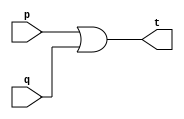
// -------------------------
// Exercicio0010 - OR (4 entradas)
// Nome: Breno Macena Pereira de Souza
// -------------------------

// -------------------------
// -- or gate
// -------------------------
module orgate1 (output t, input p, input q);
assign t = p | q;
endmodule // orgate1

module orgate2 (output t, input p, input q);
assign t = p | q;
endmodule // orgate2

module orgate (output t, input p, input q);
assign t = p | q;
endmodule // orgate

// -------------------------
// -- test or gate
// -------------------------
module testorgate;
// ------------------------- dados locais
reg a, b, c, d;
wire s, t, u;
// ------------------------- instncias
orgate1 OR1 (s, a, b);
orgate2 OR2 (t, c, d);
orgate OR3 (u, s, t);

// ------------------------- preparao
initial begin:start
a=0; 
b=0;
c=0;
d=0;
end

// ------------------------- parte principal
initial begin:main
     $display("Exerccio 0010 - Breno Macena - 462017");
     $display("Test OR gate:");
     $display("\na & b & c & d = u\n");
	  $monitor("%b & %b & %b & %b = %b", a, b, c, d, u);
#1   a=0; b=0; c=0; d=0;
#1   a=0; b=0; c=0; d=1;
#1   a=0; b=0; c=1; d=0;
#1   a=0; b=0; c=1; d=1;
#1   a=0; b=1; c=0; d=0;
#1   a=0; b=1; c=0; d=1;
#1   a=0; b=1; c=1; d=0;
#1   a=0; b=1; c=1; d=1;
#1   a=1; b=0; c=0; d=0;
#1   a=1; b=0; c=0; d=1;
#1   a=1; b=0; c=1; d=0;
#1   a=1; b=0; c=1; d=1;
#1   a=1; b=1; c=0; d=0;
#1   a=1; b=1; c=0; d=1;
#1   a=1; b=1; c=1; d=0;
#1   a=1; b=1; c=1; d=1;
end
endmodule // testorgate